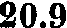
20.9